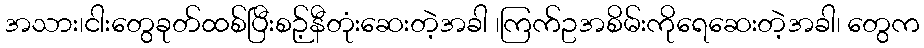
အသား၊ငါးတွေခုတ်ထစ်ပြီးစဉ့်နီတုံးဆေးတဲ့အခါ ၊ကြက်ဥအစိမ်းကိုရေဆေးတဲ့အခါ၊ တွေက